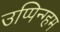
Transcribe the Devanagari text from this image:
उप्पिन्ग्हम